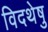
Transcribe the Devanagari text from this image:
विदथेषु